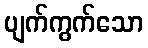
ပျက်ကွက်သော